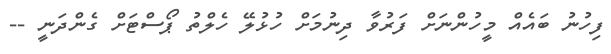
ފިހުނު ބައެއް މީހުންނަށް ފަރުވާ ދިނުމަށް ހުޅުލޭ ހެލްތު ޕޯސްޓަށް ގެންދަނީ --